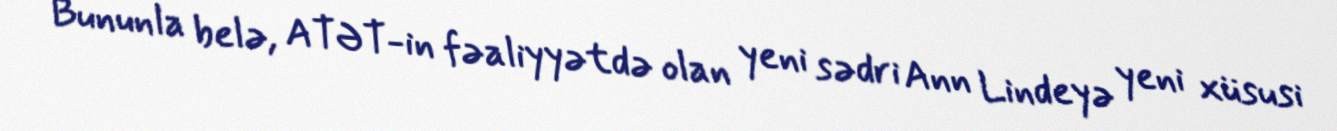
Bununla belə, ATƏT-in fəaliyyətdə olan yeni sədri Ann Lindeyə yeni xüsusi